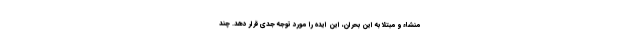
منشاء و مبتلا به این بحران، این ایده را مورد توجه جدی قرار دهد. چند